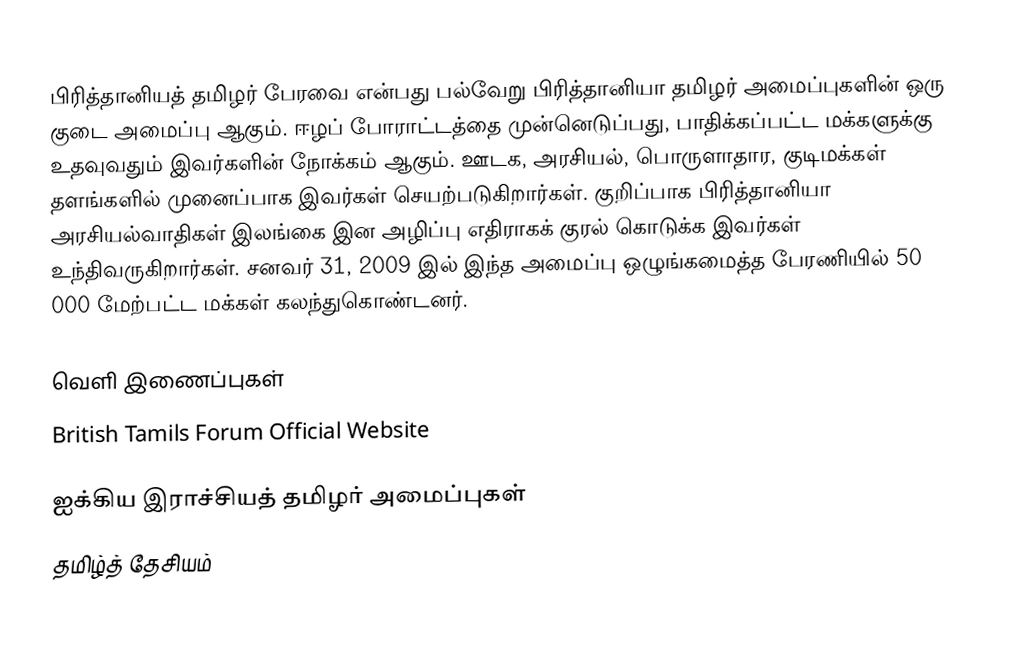
பிரித்தானியத் தமிழர் பேரவை என்பது பல்வேறு பிரித்தானியா தமிழர் அமைப்புகளின் ஒரு குடை அமைப்பு ஆகும்.  ஈழப் போராட்டத்தை முன்னெடுப்பது, பாதிக்கப்பட்ட மக்களுக்கு உதவுவதும்  இவர்களின் நோக்கம் ஆகும்.  ஊடக, அரசியல், பொருளாதார, குடிமக்கள் தளங்களில் முனைப்பாக இவர்கள் செயற்படுகிறார்கள்.  குறிப்பாக பிரித்தானியா அரசியல்வாதிகள் இலங்கை இன அழிப்பு எதிராகக் குரல் கொடுக்க இவர்கள் உந்திவருகிறார்கள்.  சனவர் 31, 2009 இல் இந்த அமைப்பு ஒழுங்கமைத்த பேரணியில் 50 000 மேற்பட்ட மக்கள் கலந்துகொண்டனர்.

வெளி இணைப்புகள்
 British Tamils Forum Official Website

ஐக்கிய இராச்சியத் தமிழர் அமைப்புகள்
தமிழ்த் தேசியம்